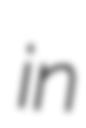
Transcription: in